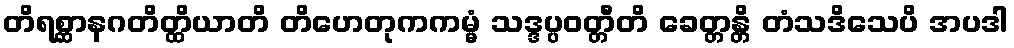
တိရစ္ဆာနဂတိတ္ထိယာတိ တိဟေတုကကမ္မံ သဒ္ဒပ္ပဝတ္တီတိ ခေတ္တန္တိ တံသဒိသေပိ အပဒါ